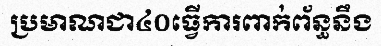
ប្រមាណជា៤០ធ្វើការពាក់ព័ន្ធនឹង